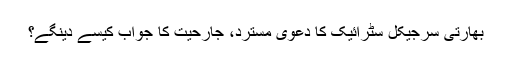
بھارتی سرجیکل سٹرائیک کا دعویٰ مسترد، جارحیت کا جواب کیسے دینگے؟